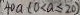
4 0 a ( 0 < a \leq 2 0 )